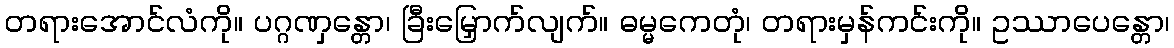
တရားအောင်လံကို။ ပဂ္ဂဏှန္တော၊ ခြီးမြှောက်လျက်။ ဓမ္မကေတုံ၊ တရားမှန်ကင်းကို။ ဥဿာပေန္တော၊